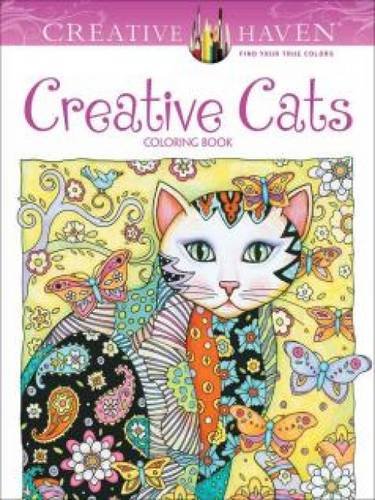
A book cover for Creative Haven Creative Cats Coloring Book (Creative Haven Coloring Books); Marjorie Sarnat; Crafts, Hobbies & Home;